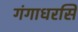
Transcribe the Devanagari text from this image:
गंगाधरसिं